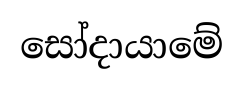
සෝදායාමේ